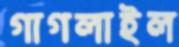
গাগলাইল